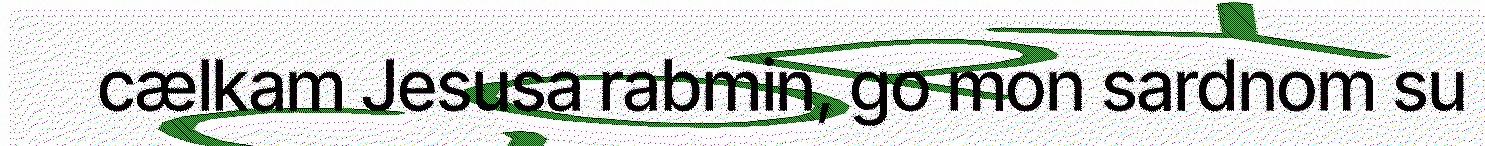
cælkam Jesusa rabmin, go mon sardnom su